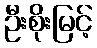
ဦးစိုးမြင့်